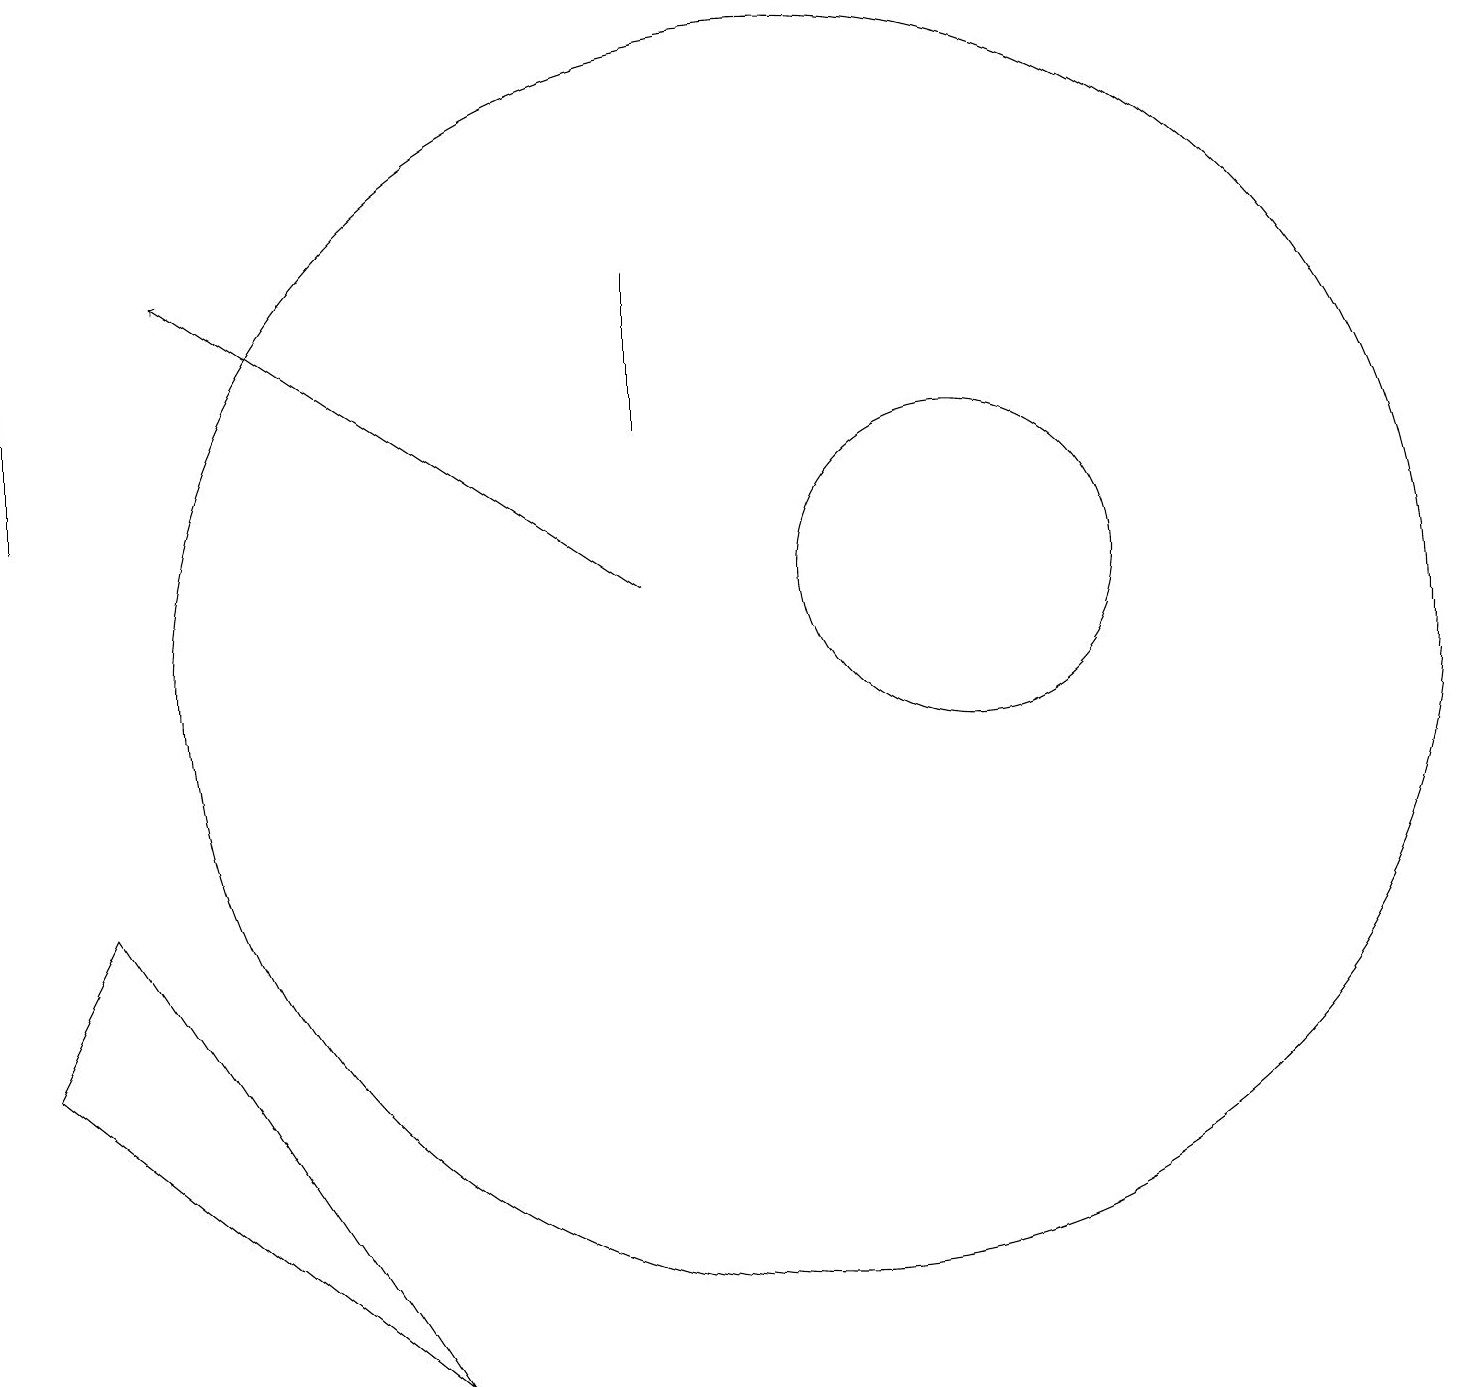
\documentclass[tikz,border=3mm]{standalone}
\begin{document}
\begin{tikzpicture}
\draw[->] (8,11) -- (2,15);
\draw (0,16) rectangle (0,12);
\draw (8,15) rectangle (8,13);
\draw (10,10) circle (8);
\draw (12,11) circle (2);
\draw (1,7) -- (0,5) -- (5,1) -- cycle;
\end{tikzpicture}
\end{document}